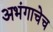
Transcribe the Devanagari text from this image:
अभंगाचेच